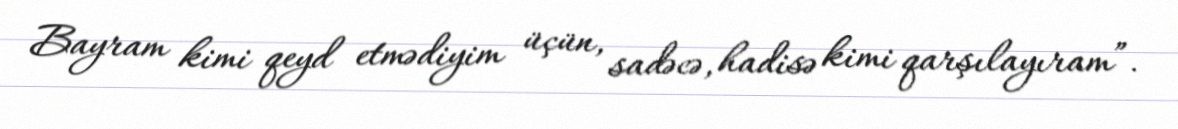
Bayram kimi qeyd etmədiyim üçün, sadəcə, hadisə kimi qarşılayıram”.